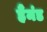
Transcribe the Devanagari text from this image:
हैंमंड